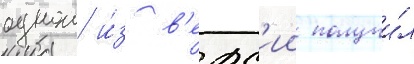
однои и́з в'ерс'ии получи́л